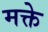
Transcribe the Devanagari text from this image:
मक्ते